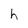
Character: h